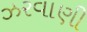
ઝરવાણી